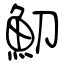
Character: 魛